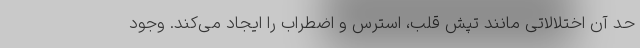
حد آن اختلالاتی مانند تپش قلب، استرس و اضطراب را ایجاد می‌کند. وجود